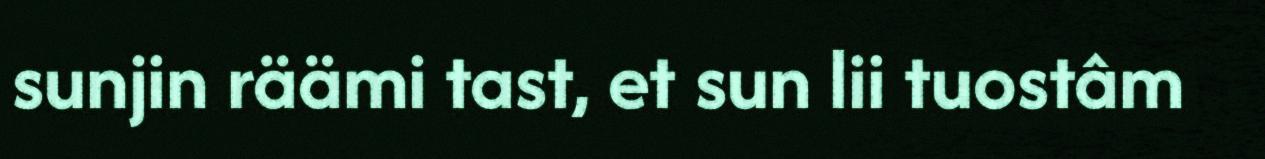
sunjin räämi tast, et sun lii tuostâm